Preliminary report on the killing of rats and rat fleas by hydrocyanic acid gas - Number 38
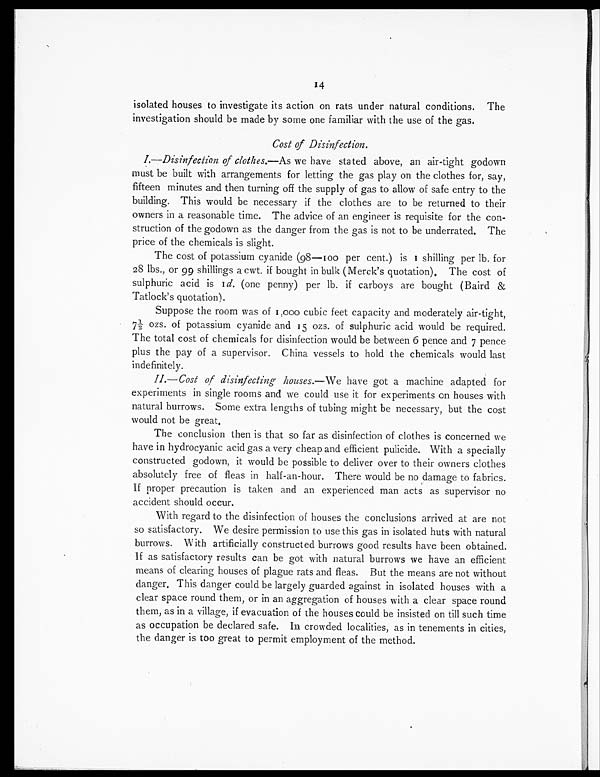
14
isolated houses to investigate its action on rats under natural conditions. The
investigation should be made by some one familiar with the use of the gas.
Cost of Disinfection.
I.—Disinfection of clothes.—As we have stated above, an air-tight godown
must be built with arrangements for letting the gas play on the clothes for, say,
fifteen minutes and then turning off the supply of gas to allow of safe entry to the
building. This would be necessary if the clothes are to be returned to their
owners in a reasonable time. The advice of an engineer is requisite for the con-
struction of the godown as the danger from the gas is not to be underrated. The
price of the chemicals is slight.
The cost of potassium cyanide (98—100 per cent.) is 1 shilling per lb. for
28 lbs., or 99 shillings a cwt. if bought in bulk (Merck's quotation). The cost of
sulphuric acid is 1d . ( o n e p e n n y ) p e r l b . i f c a r b o y s a r e b o u g h t ( B a i r d &
Tatlock's quotation).
Suppose the room was of 1, 000 cubi c feet capaci ty and moderatel y ai r-ti ght, 7½
ozs. of potassium cyanide and 15 ozs. of sulphuric acid would be required.
The total cost of chemicals for disinfection would be between 6 pence and 7 pence
plus the pay of a supervisor. China vessels to hold the chemicals would last
indefinitely.
II.—Cost of disinfecting houses.—We have got a machine adapted for
experiments in single rooms and we could use it for experiments on houses with
natural burrows. Some extra lengths of tubing might be necessary, but the cost
would not be great.
The conclusion then is that so far as disinfection of clothes is concerned we
have in hydrocyanic acid gas a very cheap and efficient pulicide. With a specially
constructed godown, it would be possible to deliver over to their owners clothes
absolutely free of fleas in half-an-hour. There would be no damage to fabrics.
If proper precaution is taken and an experienced man acts as supervisor no
accident should occur.
With regard to the disinfection of houses the conclusions arrived at are not
so satisfactory. We desire permission to use this gas in isolated huts with natural
burrows. With artificially constructed burrows good results have been obtained.
If as satisfactory results can be got with natural burrows we have an efficient
means of clearing houses of plague rats and fleas. But the means are not without
danger. This danger could be largely guarded against in isolated houses with a
clear space round them, or in an aggregation of houses with a clear space round
them, as in a village, if evacuation of the houses could be insisted on till such time
as occupation be declared safe. In crowded localities, as in tenements in cities,
the danger is too great to permit employment of the method.